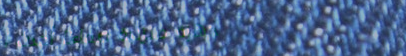
أجهزة منزلية صماء: أحدث ا